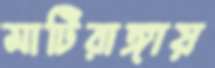
মাটিরাঙ্গায়